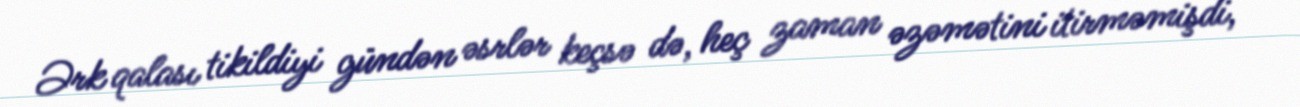
Ərk qalası tikildiyi gündən əsrlər keçsə də, heç zaman əzəmətini itirməmişdi,